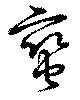
蛮